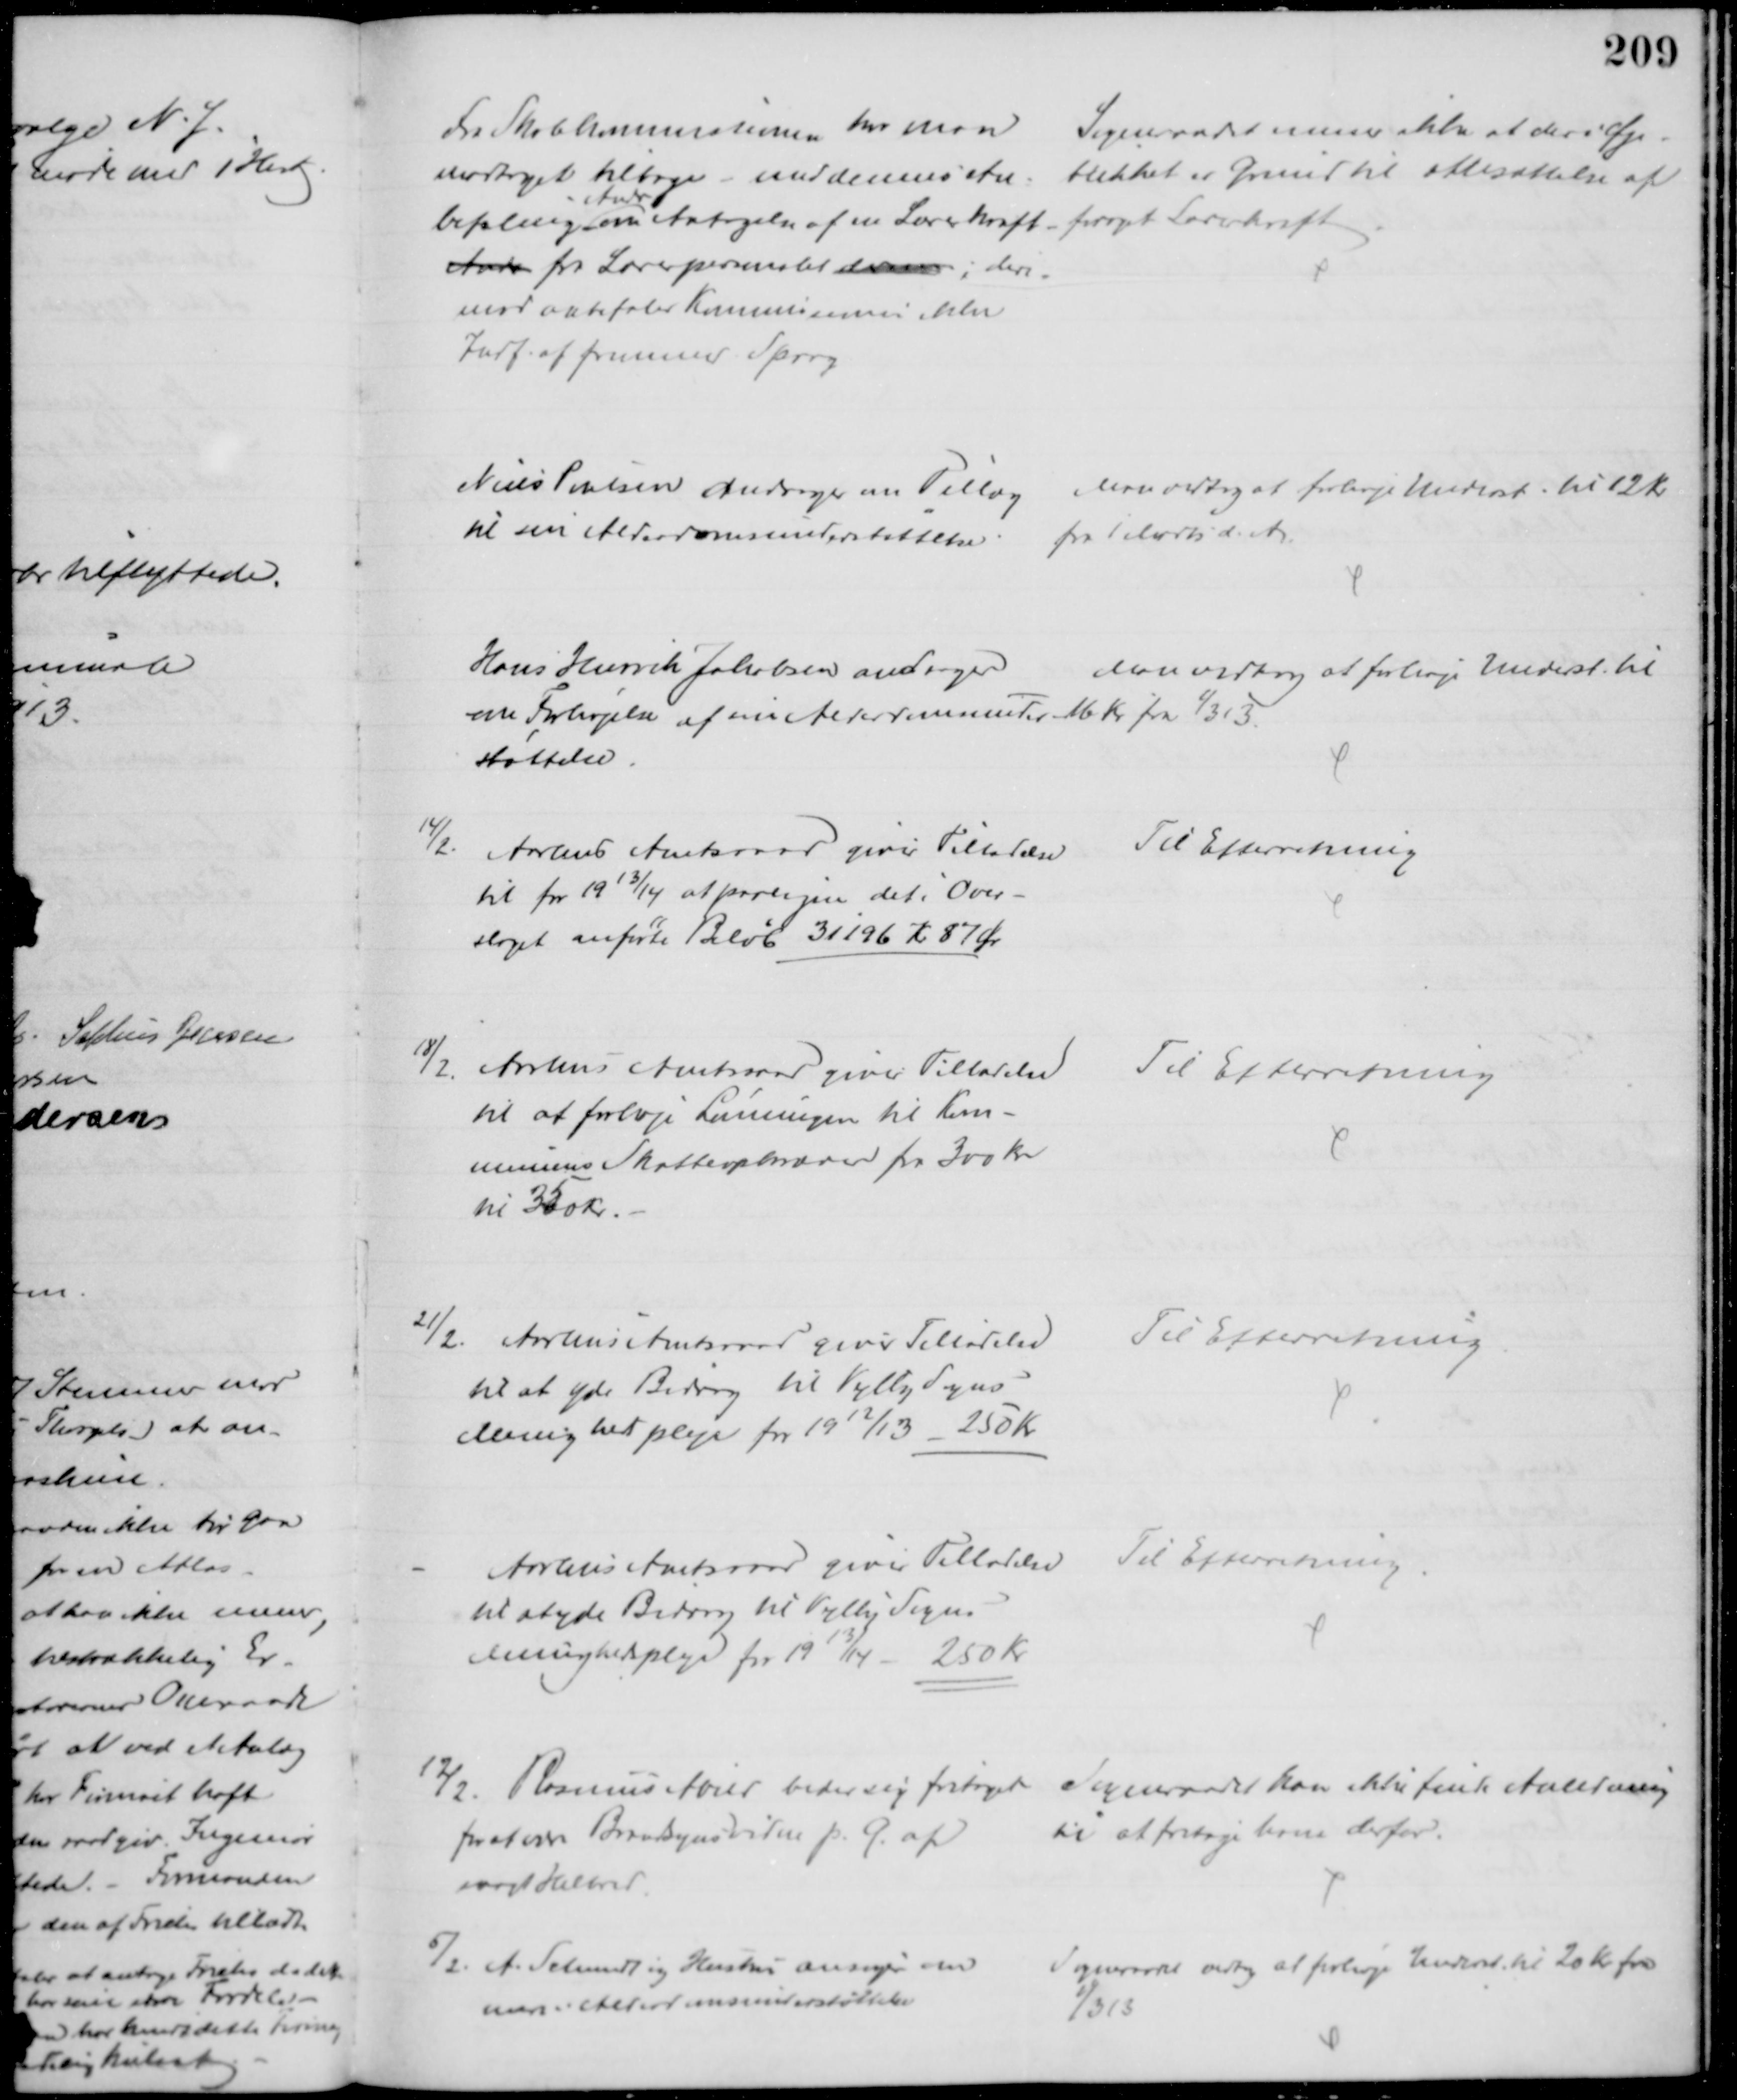
Transskription:
Fra Skolekommissionen har man
modtaget tilbage - med denne An-
befaling 
Andr
om Antagelse af en Lærerkraft
Andr fra Lærerpersonalet derom; deri-
mod anbefaler Kommisionen ikke
Indf. af fremmed Sprog
Sogneraadet mener ikke at der i Øje-
blikket er Grund til Ansættelse af
forøget Lærerkraft
Niels Poulsen andrager om Tillæg
til sin Alderdomsunderstøttelse
Man vedtog at forhøje Underst. til 12 Kr
fra 1 Marts d. A.
Hans Henrik Jakobsen andrager
om Forhøjelse af en Alderdomsunder-
støttelse.
Man vedtog at forhøje Underst. til
16 Kr fra 1/3 13.
14/2.  Aarhus Amtsraad giver Tilladelse
til for 1913/14 at paaligne det i Over-
slaget anførte Beløb 31196 Kr 87 Ør
Til Efterretning
18/2.  Aarhus Amtsraad giver Tilladelse
til at forhøje Lønningen til Kom-
munens Skatteopkræver fra 300 Kr
til 350 Kr.
Til Efterretning
21/2.  Aarhus Amtsraad giver Tilladelse
til at yde Bidrag til Vejlby Sogns
Menighedspleje for 1912/13 - 250 Kr.
Til Efterretning
Aarhus Amtsraad giver Tilladelse
til at yde Bidrag til Vejlby Sogns 
Menighedspleje for 1913/14 - 250 Kr
Til Efterretning
12/2.
Rasmus Abild beder sig fritaget 
for ar være Brandsynsvidne p. G. af
svagt Helbred.
Sogneraadet kan ikke finde Anledning
til at fritage ham derfor.
5/2.  A. Schmidt og Hustru ansøger om
mere i Alderdomsunderstøttelse
Sogneraadet vedtog at forhøje Underst. til 20 Kr fra
1/3 13